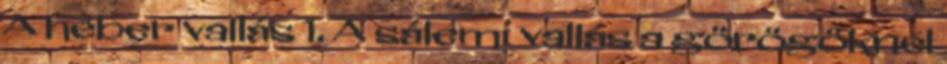
A héber vallás 1. A sálemi vallás a görögöknél